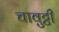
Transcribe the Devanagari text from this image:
चावुट्टी